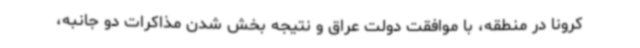
کرونا در منطقه، با موافقت دولت عراق و نتیجه بخش شدن مذاکرات دو جانبه،